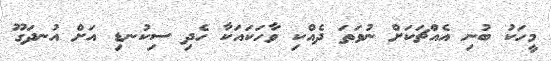
މީހަކު ބުނި އެއްޗަކަށް ނުވަތަ ދެއްކި ވާހަކައަކާ ހެދި ސިކުނޑި އަށް އުނދަގޫ